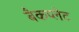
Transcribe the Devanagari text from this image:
बैकप्लेट